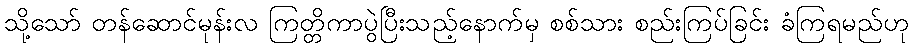
သို့သော် တန်ဆောင်မုန်းလ ကြတ္တိကာပွဲပြီးသည့်နောက်မှ စစ်သား စည်းကြပ်ခြင်း ခံကြရမည်ဟု